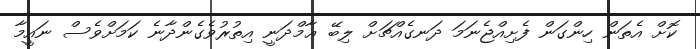
ކޮށް އެތަން ހިންގަން ފެށިއްޖެނަމަ ދަނގެއްޗަށް ލިބޭ ޢާމްދަނީ އިތުރުވެގެންދާނެ ކަމަށްވެސް ނައީމާ